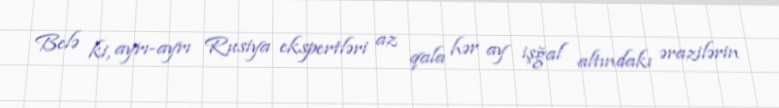
Belə ki, ayrı-ayrı Rusiya ekspertləri az qala hər ay işğal altındakı ərazilərin